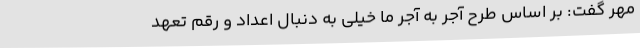
مهر گفت: بر اساس طرح آجر به آجر ما خیلی به دنبال اعداد و رقم تعهد